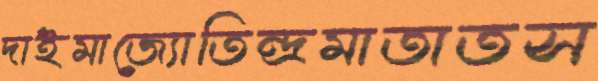
দাইমাজ্যোতিন্দ্রমাতাতস